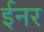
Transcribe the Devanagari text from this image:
ईनर